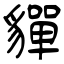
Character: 貚